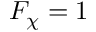
F _ { \chi } = 1